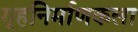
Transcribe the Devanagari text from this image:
गृहनिर्माणकला